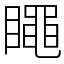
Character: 𥋝